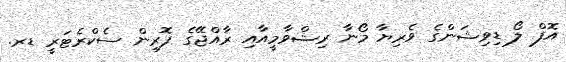
އޮފް ލޯ ޑިވިޝަންގެ ވެރިޔާ މޯނާ ރިޝްވާމީއާއި ރާއްޖޭގެ ފޮރިން ސެކްރެޓަރީ ޑރ.